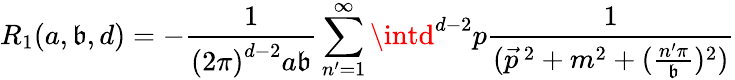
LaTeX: R_{1}(a,\mathfrak{b},d)=-\frac{{1}}{{\left(2\pi\right)^{d-2}a\mathfrak{b}}}\sum_{n^{\prime}=1}^{\infty}\intd^{d-2}p\frac{{1}}{{(\vec{{p}}^{\, 2}+m^{2}+(\frac{{n^{\prime}\pi}}{{\mathfrak{b}}})^{2})}}